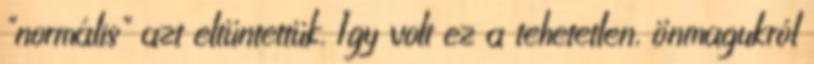
"normális" azt eltüntettük. Így volt ez a tehetetlen, önmagukról